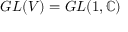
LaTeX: G L ( V ) = G L ( 1 , \mathbb { C } )